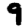
Digit: 9